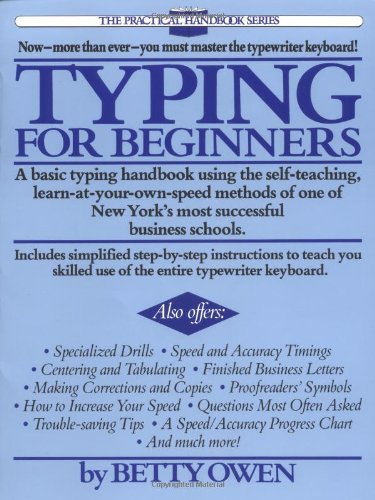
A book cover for Typing for Beginners (Practical Handbook (Perigee Book)); Betty Owen; Business & Money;